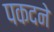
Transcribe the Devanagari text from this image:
पकदने